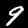
Label: 9